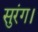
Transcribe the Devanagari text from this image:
सुरंग।